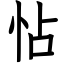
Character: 怗